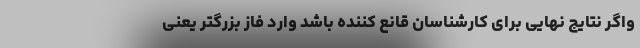
واگر نتایج نهایی برای کارشناسان قانع کننده باشد وارد فاز بزرگتر یعنی